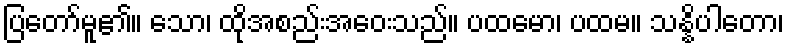
ပြတော်မူ၏။ သော၊ ထိုအစည်းအဝေးသည်။ ပထမော၊ ပထမ။ သန္နိပါတော၊